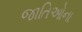
જાતિઓના